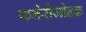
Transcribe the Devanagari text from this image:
फनेरोजोइक